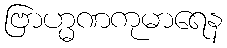
ဗြာဟ္မဏကုမာရေန